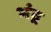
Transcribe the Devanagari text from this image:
भंद्र